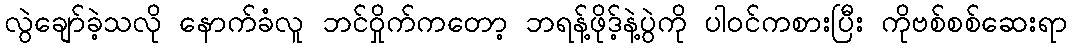
လွဲချော်ခဲ့သလို နောက်ခံလူ ဘင်ဝှိုက်ကတော့ ဘရန့်ဖိုဒ့်နဲ့ပွဲကို ပါဝင်ကစားပြီး ကိုဗစ်စစ်ဆေးရာ